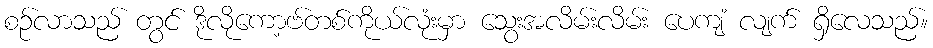
စဉ်လာသည် တွင် ဒိုလိုကော့ဗ်တစ်ကိုယ်လုံးမှာ သွေးအလိမ်းလိမ်း ပေကျံ လျက် ရှိလေသည်။